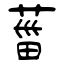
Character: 葘